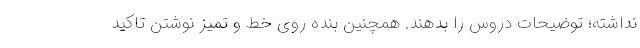
نداشته؛ توضیحات دروس را بدهند. همچنین بنده روی خط و تمیز نوشتن تاکید